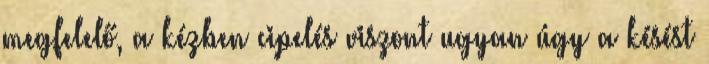
megfelelő, a kézben cipelés viszont ugyan úgy a késést